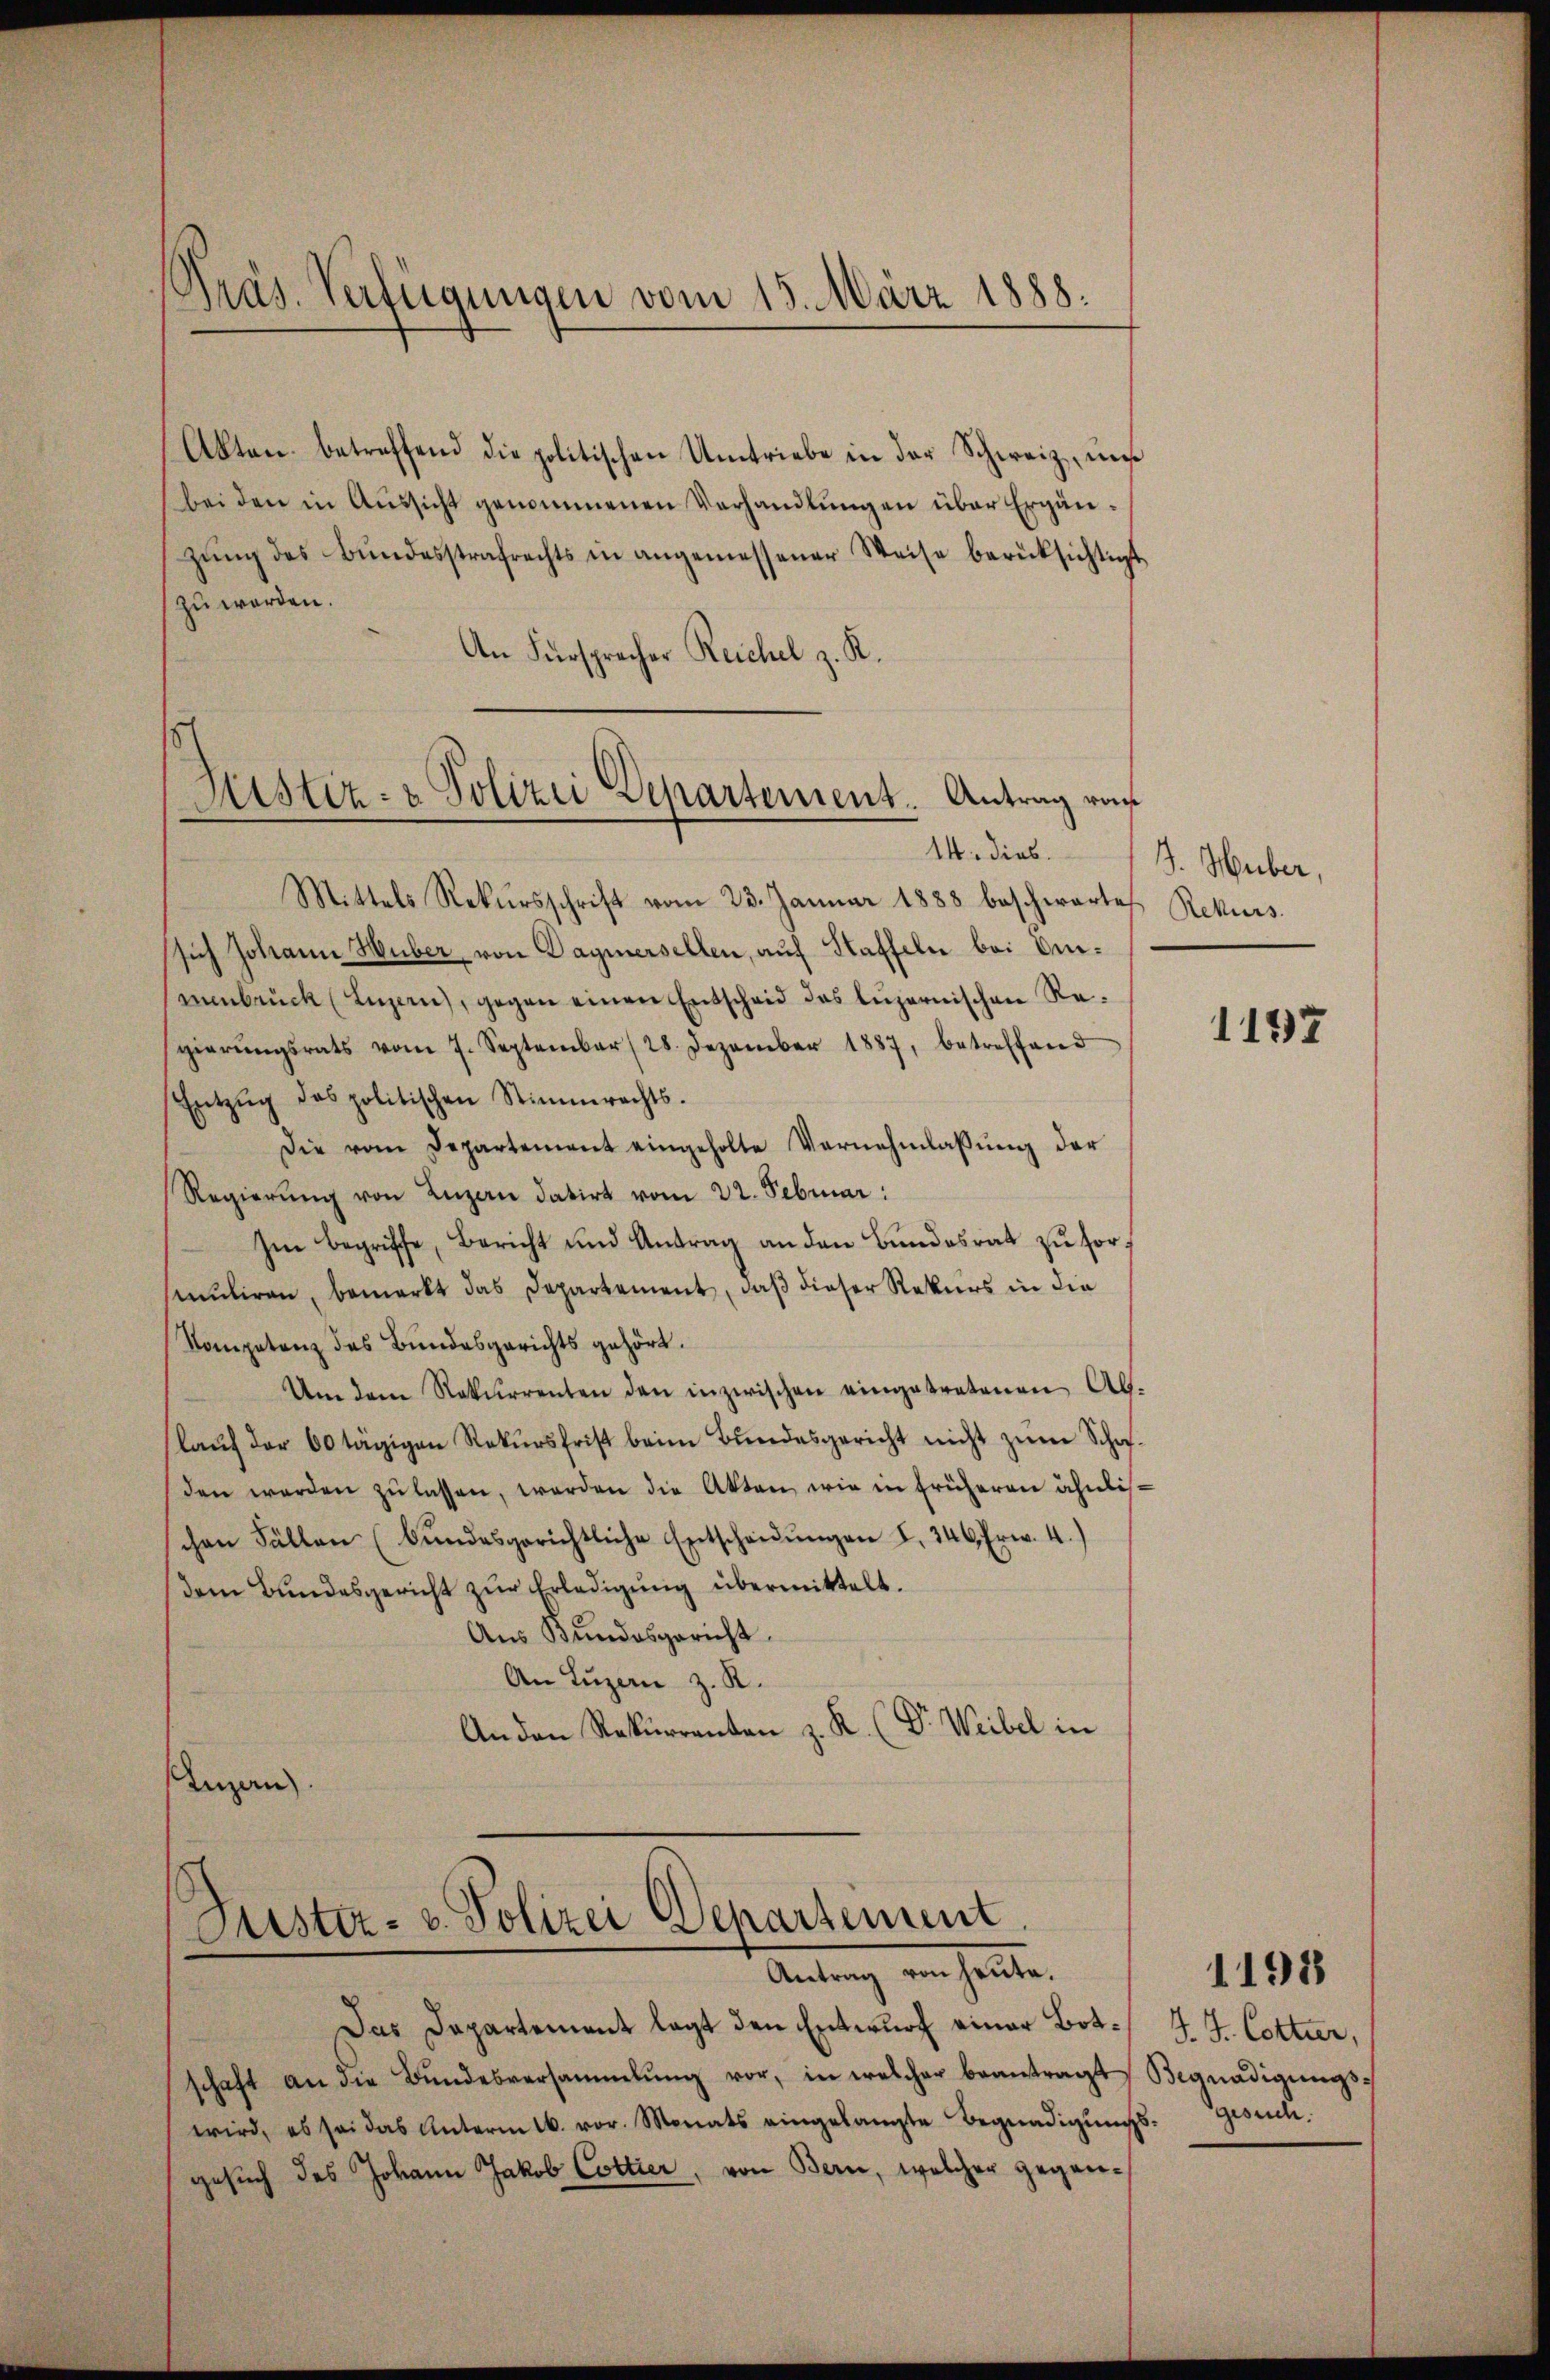
Präs. Verfügungen vom 15. März 1888.

Akten betreffend die politischen Umtriebe in der Schweiz, und
bei den in Aussicht genommenen Verhandlungen über Ergänzŭng des Bŭndesstrafrechts in angemessener Weise berücksichtigt
zu werden.
An Fürsprecher Reichel z. R.
1

Justiz- & Polizei Departement. Antrag von
14. dies.

Mittels Rekursschrift vom 23. Januar 1888 beschwartet Rekurs
sich Johann Huber, von Daymersellen, auf Kaffeln bei Anmenbrück (Luzern, gegen einen Entscheid des luzernischen Regierŭngsrats vom 7. September (28. Dezember 1887, betreffend
Entzŭg des politischen Stimmrechts.
Die vom Departement eingeholte Vernehmlassung der
Regierŭng von Luzern datirt vom 22. Februar:
Im Begriffe, Bericht und Antrag an den Bundesrat zu sormuliren, bemerkt das Departement, daß dieser Rekurs in die
Kompetenz des Bundesgerichts gehört.
Um dem Rekurrenten den inzwischen eingetretenen Ab-
lauf der 60 tägigen Rekursfrist beim Bundesgericht nicht zum Schafden werden zu lassen, werden die Akten, wie in früheren ähnlichen Fällen (bŭndesgerichtliche Entscheidŭngen L. 346. Erw. 4.)
dem Bŭndesgericht zŭr Erledigŭng übermittelt.
Aus Bundesgericht
An Luzern z. R.
An den Rekurrenten z. K. (Dr. Weibel in
Inzan

Justiz- u. Polizei Departement.
Antrag von heute,

Das Departement legt den Entwurf einer Bot¬ J. J. Cottier,
schaft an die Bŭndesversammlung vor, in welcher beantragt Begnadigŭngs-
wird, es sei das Unterm 16. vor. Monats eingelangte Begnadigŭngs-Gesuch.
gesuch des Johann Jakob Cottier, von Bern, welcher gegen¬

J. Huber,

1197

1198